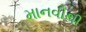
માનવીથી